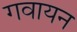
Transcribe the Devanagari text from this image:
गवायन